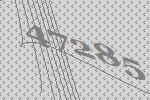
47285